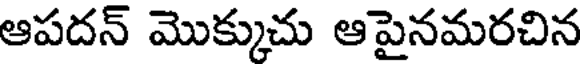
ఆపదన్ మొక్కుచు ఆపైనమరచిన